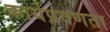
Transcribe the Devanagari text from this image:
कार्यप्रवणता